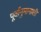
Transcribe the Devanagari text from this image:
पूर्वानुमानाशी